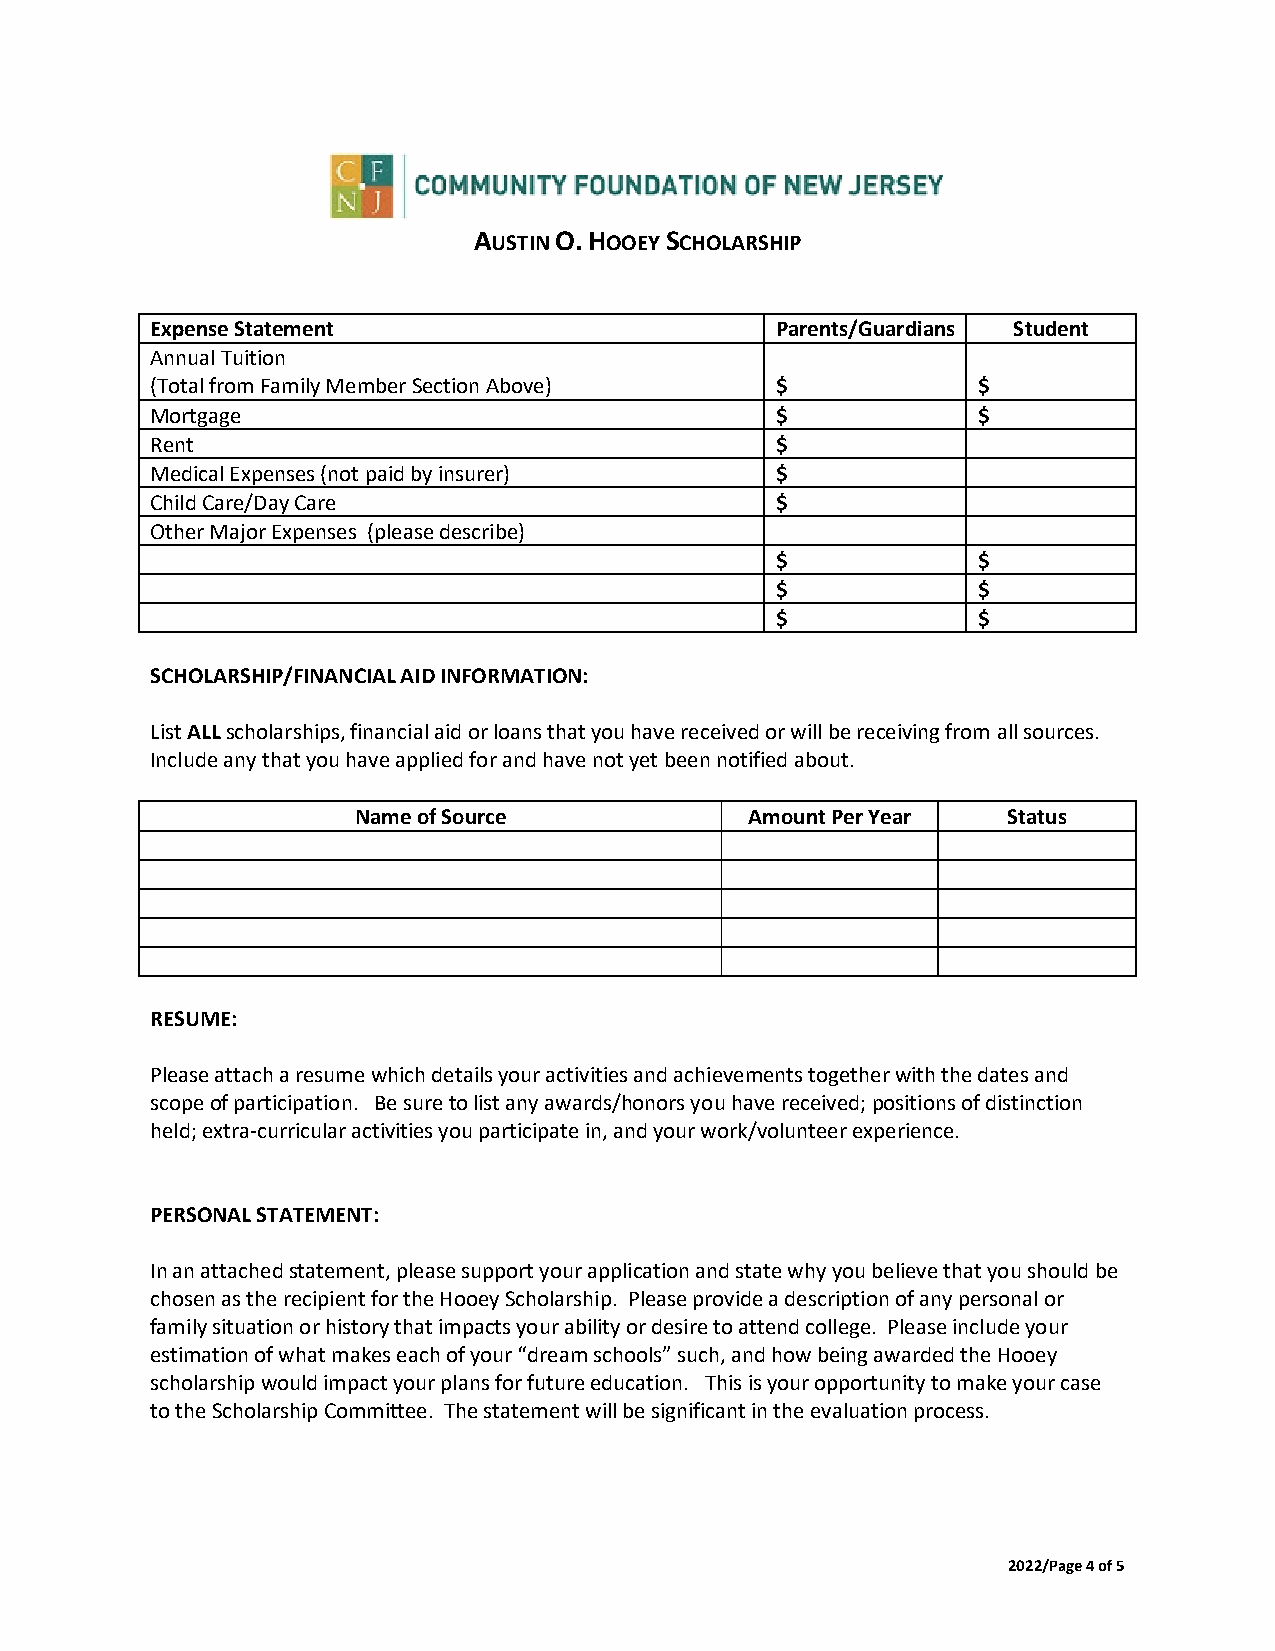
AUSTIN O. HOOEY SCHOLARSHIP
 Expense Statement                        Parents/Guardians Student
 Annual Tuition
 (Total from Family Member Section Above) $             $
 Mortgage                                 $             $
 Rent                                     $
 Medical Expenses (not paid by insurer)   $
 Child Care/Day Care                      $
 Other Major Expenses (please describe)
 $             $
 $             $
 $             $
 SCHOLARSHIP/FINANCIAL AID INFORMATION:
 List ALL scholarships, financial aid or loans that you have received or will be receiving from all sources.
 Include any that you have applied for and have not yet been notified about.
 Name of Source             Amount Per Year  Status
 RESUME:
 Please attach a resume which details your activities and achievements together with the dates and
 scope of participation. Be sure to list any awards/honors you have received; positions of distinction
 held; extra-curricular activities you participate in, and your work/volunteer experience.
 PERSONAL STATEMENT:
 In an attached statement, please support your application and state why you believe that you should be
 chosen as the recipient for the Hooey Scholarship. Please provide a description of any personal or
 family situation or history that impacts your ability or desire to attend college. Please include your
 estimation of what makes each of your “dream schools” such, and how being awarded the Hooey
 scholarship would impact your plans for future education. This is your opportunity to make your case
 to the Scholarship Committee. The statement will be significant in the evaluation process.
 2022/Page 4 of 5